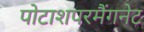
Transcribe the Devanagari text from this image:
पोटाशपरमैंगनेट